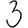
Digit: 3